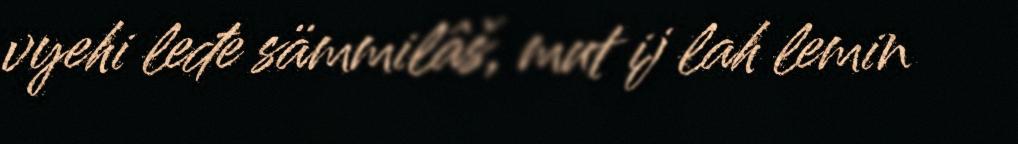
vyehi leđe sämmilâš, mut ij lah lemin